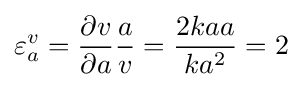
\varepsilon _{a}^{v}={\frac {\partial v}{\partial a}}{\frac {a}{v}}={\frac {2kaa}{ka^{2}}}=2